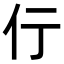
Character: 𬽣